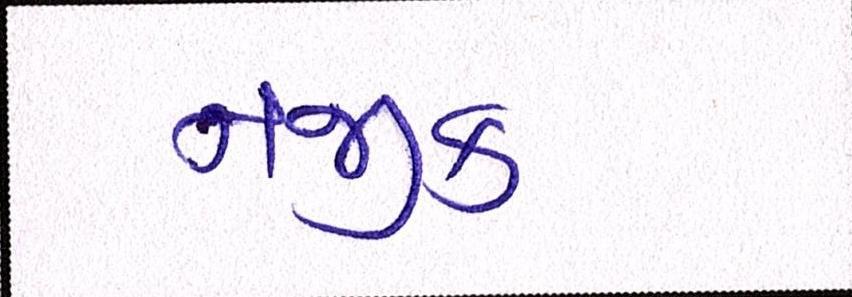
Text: નજીક